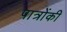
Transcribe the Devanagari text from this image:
पात्रोंकी